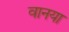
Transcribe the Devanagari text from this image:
वानया